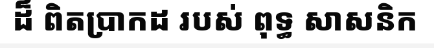
ដ៏ ពិតប្រាកដ របស់ ពុទ្ធ សាសនិក